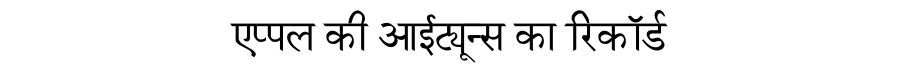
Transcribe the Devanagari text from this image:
एप्पल की आईट्यून्स का रिकॉर्ड